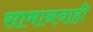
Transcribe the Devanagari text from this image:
सामानवाही